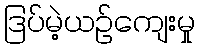
ဒြပ်မဲ့ယဉ်ကျေးမှု